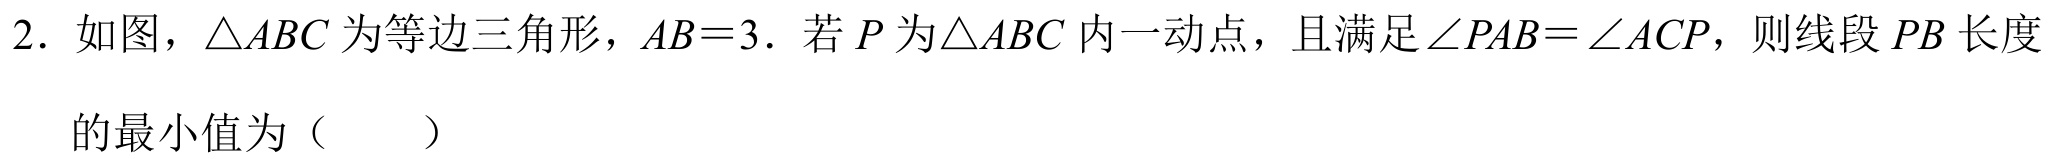
2. 如图，\(\triangle ABC\) 为等边三角形，\(AB = 3\). 若 \(P\) 为\(\triangle ABC\) 内一动点，且满足\(\angle PAB=\angle ACP\)，则线段 \(PB\) 长度
的最小值为（  ）